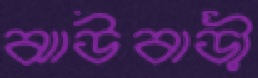
ঝাউবাড়ী